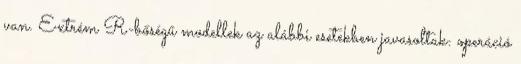
van. Extrém R-bőségű modellek az alábbi esetekben javasoltak: operáció